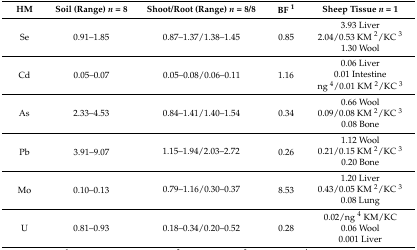
<table><thead><tr><td><b>HM</b></td><td><b>Soil (Range) <i>n</i> = 8</b></td><td><b>Shoot/Root (Range) <i>n</i> = 8/8</b></td><td><b>BF <sup>1</sup></b></td><td><b>Sheep Tissue <i>n</i> = 1</b></td></tr></thead><tbody><tr><td rowspan="3">Se</td><td rowspan="3">0.91–1.85</td><td rowspan="3">0.87–1.37/1.38–1.45</td><td rowspan="3">0.85</td><td>3.93 Liver </td></tr><tr><td>2.04/0.53 KM <sup>2</sup>/KC <sup>3</sup></td></tr><tr><td>1.30 Wool</td></tr><tr><td rowspan="3">Cd</td><td rowspan="3">0.05–0.07</td><td rowspan="3">0.05–0.08/0.06–0.11</td><td rowspan="3">1.16</td><td>0.06 Liver </td></tr><tr><td>0.01 Intestine </td></tr><tr><td>ng <sup>4</sup>/0.01 KM <sup>2</sup>/KC <sup>3</sup></td></tr><tr><td rowspan="3">As</td><td rowspan="3">2.33–4.53</td><td rowspan="3">0.84–1.41/1.40–1.54</td><td rowspan="3">0.34</td><td>0.66 Wool</td></tr><tr><td>0.09/0.08 KM <sup>2</sup>/KC <sup>3</sup></td></tr><tr><td>0.08 Bone</td></tr><tr><td rowspan="3">Pb</td><td rowspan="3">3.91–9.07</td><td rowspan="3">1.15–1.94/2.03–2.72</td><td rowspan="3">0.26</td><td>1.12 Wool </td></tr><tr><td>0.21/0.15 KM <sup>2</sup>/KC <sup>3</sup></td></tr><tr><td>0.20 Bone</td></tr><tr><td rowspan="3">Mo</td><td rowspan="3">0.10–0.13</td><td rowspan="3">0.79–1.16/0.30–0.37</td><td rowspan="3">8.53</td><td>1.20 Liver </td></tr><tr><td>0.43/0.05 KM <sup>2</sup>/KC <sup>3</sup></td></tr><tr><td>0.08 Lung</td></tr><tr><td rowspan="3">U</td><td rowspan="3">0.81–0.93</td><td rowspan="3">0.18–0.34/0.20–0.52</td><td rowspan="3">0.28</td><td>0.02/ng <sup>4</sup> KM/KC </td></tr><tr><td>0.06 Wool </td></tr><tr><td>0.001 Liver</td></tr></tbody></table>